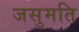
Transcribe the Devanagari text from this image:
जसुमति